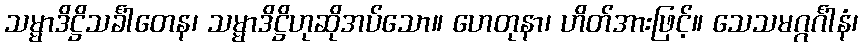
သမ္မာဒိဋ္ဌိသင်္ခါတေန၊ သမ္မာဒိဋ္ဌိဟုဆိုအပ်သော။ ဟေတုနာ၊ ဟိတ်အားဖြင့်။ သေသမဂ္ဂင်္ဂါနံ၊